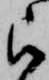
被